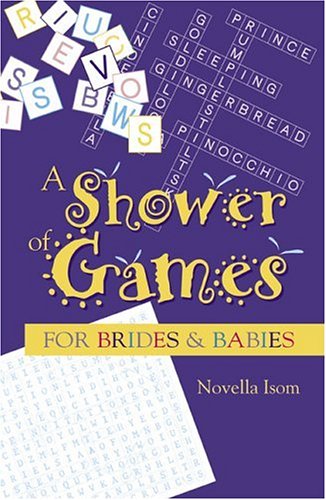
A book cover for Shower of Games (For Brides and Babies) (Game & Party Books); Novella Isom; Crafts, Hobbies & Home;